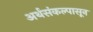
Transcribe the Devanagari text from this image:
अर्थसंकल्पासून